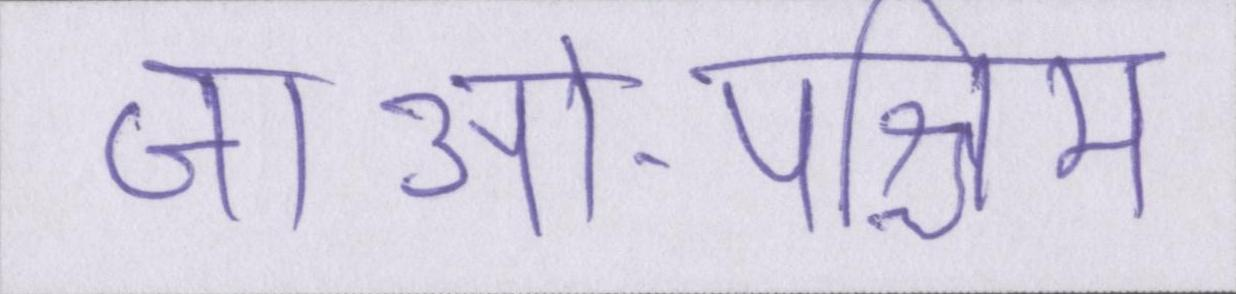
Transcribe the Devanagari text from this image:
जाओ-पश्चिम